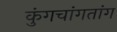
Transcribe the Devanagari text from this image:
कुंगचांगतांग